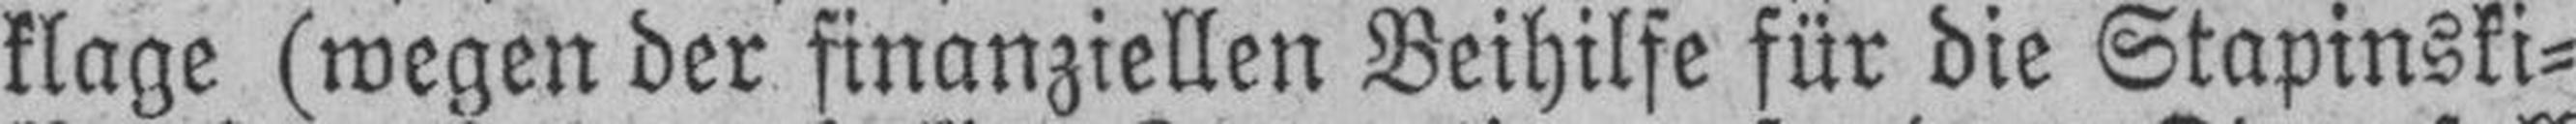
klage (wegen der finanziellen Beihilfe für die Stapinski=